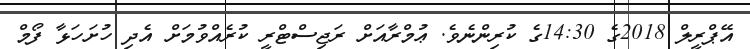
އޭޕްރީލް 2018ގެ 14:30ގެ ކުރިންނެވެ. ޢުމްރާއަށް ރަޖިސްޓްރީ ކުރެއްވުމަށް އެދި ހުށަހަޅާ ފޯމް